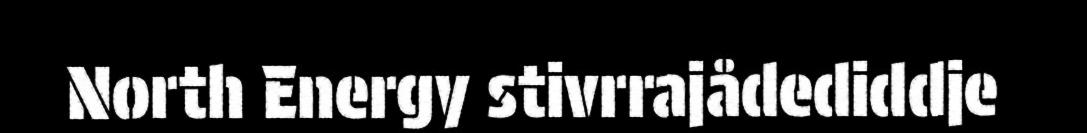
North Energy stivrrajådediddje